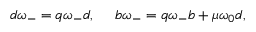
d \omega _ { - } = q \omega _ { - } d , ~ ~ ~ ~ b \omega _ { - } = q \omega _ { - } b + \mu \omega _ { 0 } d ,